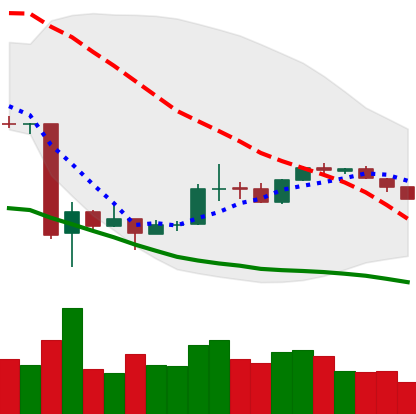
Ticker: BTC-USD
Chart end date: 2020-03-29
Forward return: 13.7%
Label: up_7plus